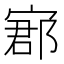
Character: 𡩫